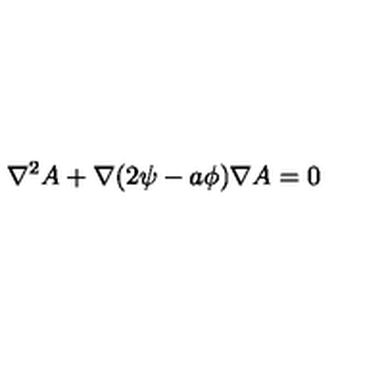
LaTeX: \nabla ^ { 2 } A + \nabla ( 2 \psi - a \phi ) \nabla A = 0